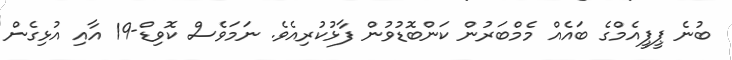
ބުނެ ޕީޕީއެމްގެ ބައެއް މެމްބަރުން ކަންބޮޑުވުން ފާޅުކުރިއެވެ. ނަމަވެސް ކޮވިޑް-19 އާއި އުޅިގެން